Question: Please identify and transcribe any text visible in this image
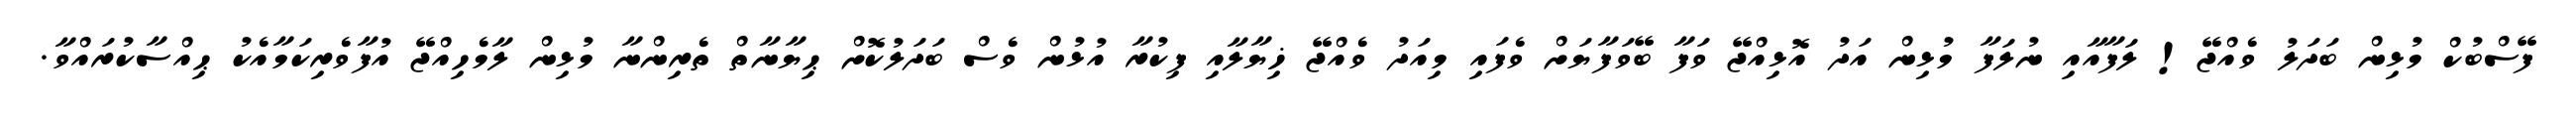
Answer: ފޭސްބުކް މުޅިން ބަދަލު ވެއްޖޭ! ލަފާއާއި ނުލަފާ މުޅިން އަދު އޮޅިއްޖޭ ވަފާ ބޭވަފާޔަށް ވެފައި މިއަދު ވެއްޖޭ ޚިޔާލާއި ފިކުރާ އުޅުން ވެސް ބަދަލުކޮށް ޙިޔާނާތް ތެރިންނާ މުޅިން ލާމެހިއްޖޭ އުފާވެރިކަމާއެކު ޙިއްސާކުރައްވާ.